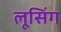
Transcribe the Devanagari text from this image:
लूसिंग